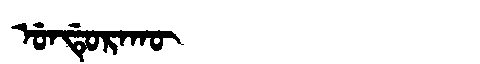
Manchu: ᡠᠨᡩᡠᡵᠠᡴᡡ
Romanization: UNDURAKŪ